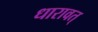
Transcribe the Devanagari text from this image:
धारावत्‌